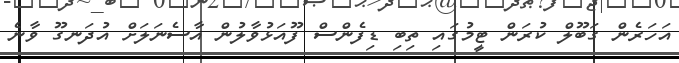
އަހަރެން ގަބޫލް ކުރަން ޓީމުގައި ތިބި ޑިފެންސް ފޫއަޅުވާލުން އާސެނަލަށް އުދަނގޫ ވާނެ